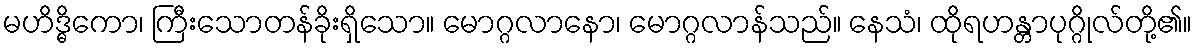
မဟိဒ္ဓိကော၊ ကြီးသောတန်ခိုးရှိသော။ မောဂ္ဂလာနော၊ မောဂ္ဂလာန်သည်။ နေသံ၊ ထိုရဟန္တာပုဂ္ဂိုလ်တို့၏။